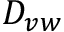
D _ { v w }